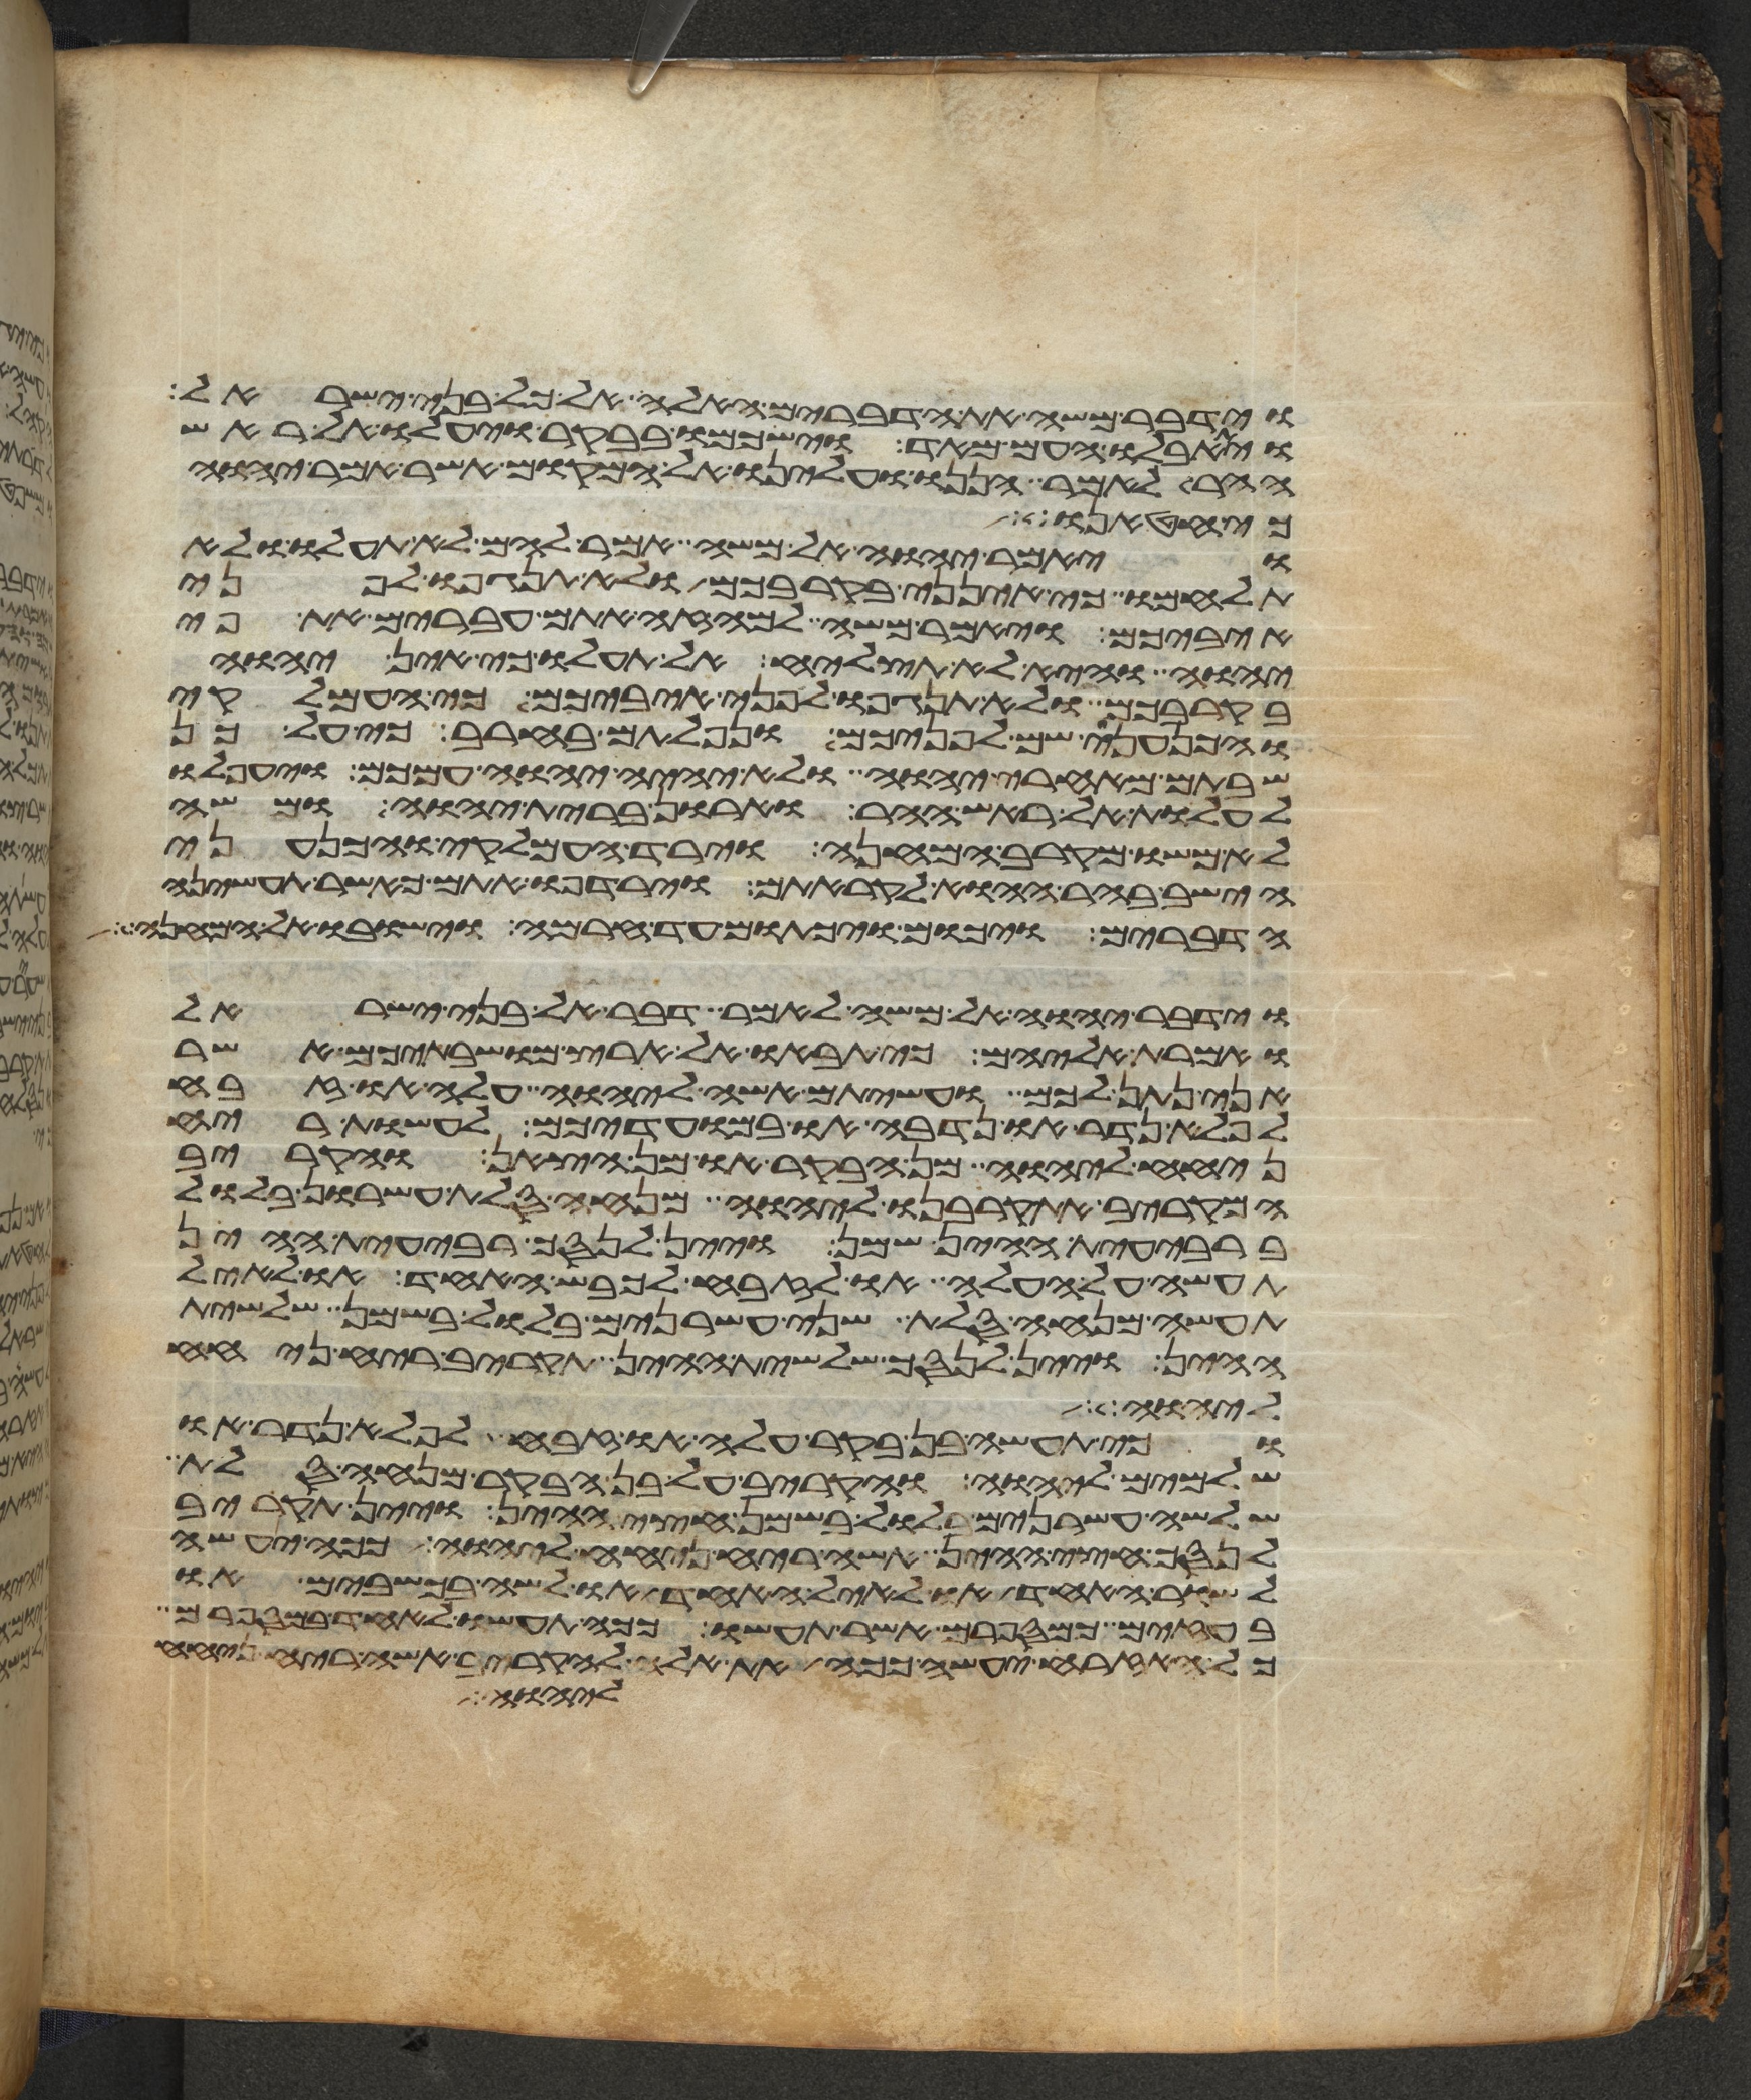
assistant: וידבר משה את הדברים האלה אל כל בני ישראל
ויתאבלו העם מאד וישכמו בבקר ויעלו אל ראש
ההר לאמר הננו ועלינו אל המקום אשר אמר יהוה
כי באנו אל
ויאמר יהוה אל משה אמר להם לא תעלו ולא
תלחמו כי אינני בקרבכם ולא תנגפו לפני
איביכם ויאמר משה למה זה אתם עברים את פי
יהוה והיא לא תצליח אל תעלו כי אין יהוה
בקרבכם ולא תנגפו לפני איביכם כי העמלקי
והכנעני שם לפניכם ונפלתם בחרב כי על כן
שבתם מאחרי יהוה ולא יהיה יהוה עמכם ויעפלו
לעלות אל ראש ההר וארון ברית יהוה ומשה
לא משו מקרב המחנה וירד העמלקי והכנעני
הישב בהר ההוא לקראתם וירדפו אתם כאשר תעשינה
הדברים ויכום ויכתום עד חרמה וישבו אל המחנה
וידבר יהוה אל משה לאמר דבר אל בני ישראל
ואמרת אליהם כי תבאו אל ארץ מושבתיכם אשר
אני נתן לכם ועשיתם אשה ליהוה עלה או זבח
לפלא נדר או נדבה או במועדיכם לעשות ריח
ניחח ליהוה מן הבקר או מן הצאן והקריב
המקריב את קרבנו ליהוה מנחה סלת עשרון בלול
ברבעית ההין שמן ויין לנסך רבעית ההין
תעשה על העלה או לזבח לכבש האחד או לאיל
תעשה מנחה סלת שני עשרנים בלול בשמן שלשית
ההין ויין לנסך שלשית ההין תקריב ריח ניחח
ליהוה
וכי תעשה בן בקר עלה או זבח לפלא נדר או
שלמים ליהוה והקריב על בן הבקר מנחה סלת
שלשה עשרנים בלול בשמן חצי ההין ויין תקריב
לנסך חצי ההין אשה ריח ניחח ליהוה ככה יעשה
לשור האחד או לאיל האחד או לשה בכשבים או
בעזים כמספרם אשר תעשו ככה תעשו לאחד במספרם
כל האזרח יעשה ככה את אלה להקריב אשה ריח ניחח
ליהוה